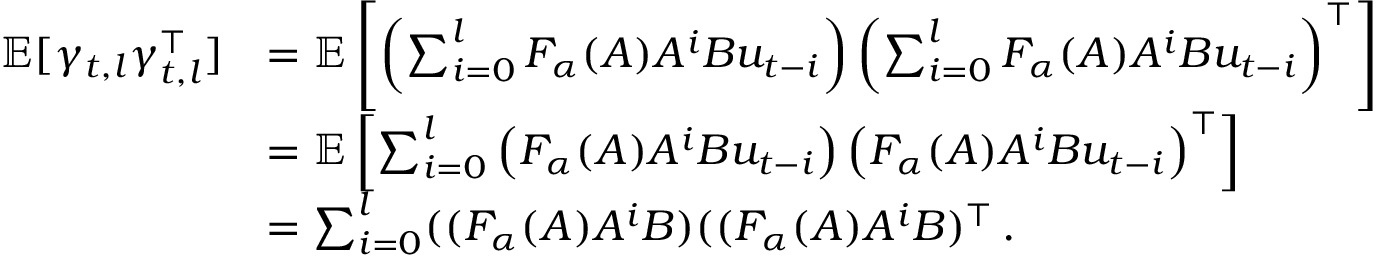
\begin{array} { r l } { \mathbb { E } [ \gamma _ { t , l } \gamma _ { t , l } ^ { \top } ] } & { = \mathbb { E } \left[ \left( \sum _ { i = 0 } ^ { l } F _ { \alpha } ( A ) A ^ { i } B u _ { t - i } \right) \left( \sum _ { i = 0 } ^ { l } F _ { \alpha } ( A ) A ^ { i } B u _ { t - i } \right) ^ { \top } \right] } \\ & { = \mathbb { E } \left[ \sum _ { i = 0 } ^ { l } \left( F _ { \alpha } ( A ) A ^ { i } B u _ { t - i } \right) \left( F _ { \alpha } ( A ) A ^ { i } B u _ { t - i } \right) ^ { \top } \right] } \\ & { = \sum _ { i = 0 } ^ { l } ( ( F _ { \alpha } ( A ) A ^ { i } B ) ( ( F _ { \alpha } ( A ) A ^ { i } B ) ^ { \top } \, . } \end{array}